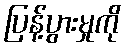
ပြန့်ပွားမှုကို